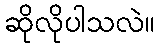
ဆိုလိုပါသလဲ။